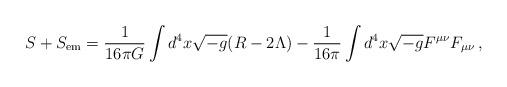
LaTeX: \begin{align*}S+S_{\rm em} = \frac{1}{16\pi G}\int{d^{4}x\sqrt{-g}(R-2\Lambda)} -\frac{1}{16\pi}\int{d^{4}x\sqrt{-g}F^{\mu\nu}F_{\mu\nu}}\, , \end{align*}